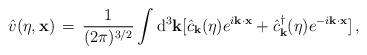
LaTeX: \begin{align*}{\hat v}(\eta ,{\bf x}) \, = \, \frac{1}{(2\pi )^{3/2}}\int {\rm d}^3{\bf k} [{\hat c}_{\bf k}(\eta )e^{i {\bf k} \cdot {\bf x}} +{\hat c}^{\dagger}_{\bf k}(\eta )e^{-i {\bf k} \cdot {\bf x}}] \, ,\end{align*}